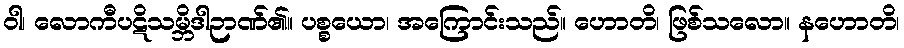
ဝါ၊ လောကီပဋိသမ္ဘိဒါဉာဏ်၏။ ပစ္စယော၊ အကြောင်းသည်။ ဟောတိ၊ ဖြစ်သလော။ နဟောတိ၊